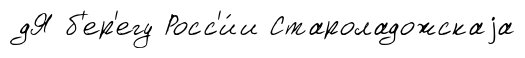
дЯ б'ер'егу Росс'и́и Староладожскаjа